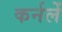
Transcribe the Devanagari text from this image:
कर्नलें